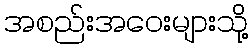
အစည်းအဝေးများသို့